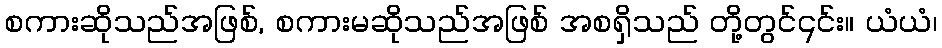
စကားဆိုသည်အဖြစ်, စကားမဆိုသည်အဖြစ် အစရှိသည် တို့တွင်၎င်း။ ယံယံ၊